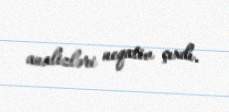
analizləri neqativ çıxdı.